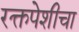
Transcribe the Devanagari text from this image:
रक्तपेशीचा